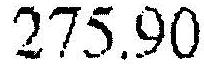
275.90